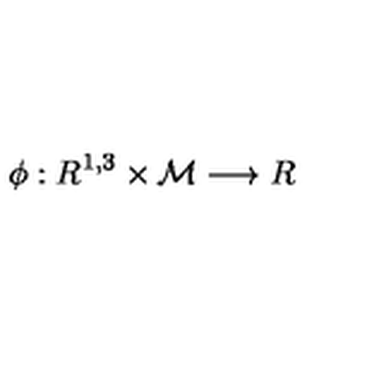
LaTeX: \phi : R ^ { 1 , 3 } \times { \cal M } \longrightarrow R